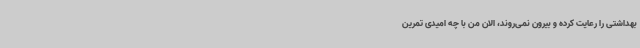
بهداشتی را رعایت کرده و بیرون نمی‌روند، الان من با چه امیدی تمرین